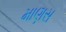
માણસ